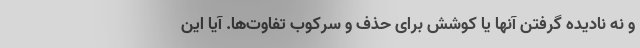
و نه نادیده گرفتن آنها یا کوشش برای حذف و سرکوب تفاوت‌ها. آیا این